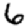
Digit: 6